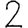
Digit: 2